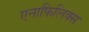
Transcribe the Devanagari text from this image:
एनाफिलिक्स